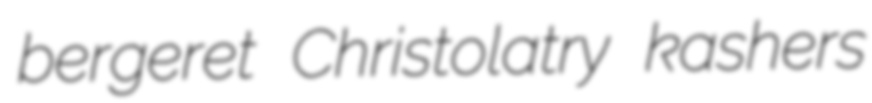
bergeret Christolatry kashers